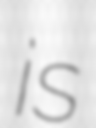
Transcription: is